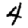
Digit: 4